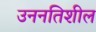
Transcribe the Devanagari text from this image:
उननतिशील